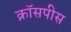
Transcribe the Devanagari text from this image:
क्रॉसपीस